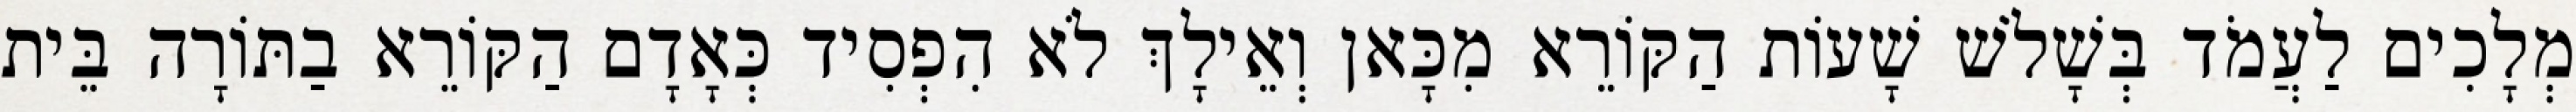
מְלָכִים לַעֲמֹד בְּשָׁלֹשׁ שָׁעוֹת הַקּוֹרֵא מִכָּאן וְאֵילָךְ לֹא הִפְסִיד כְּאָדָם הַקּוֹרֵא בַתּוֹרָה בֵּית